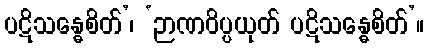
ပဋိသန္ဓေစိတ်’၊ ‘ဉာဏဝိပ္ပယုတ် ပဋိသန္ဓေစိတ်’။